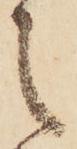
之